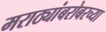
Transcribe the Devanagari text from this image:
मराठ्यांबरोबरच्या